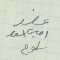
عضو امين اسعد سلوم